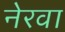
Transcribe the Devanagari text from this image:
नेरवा